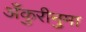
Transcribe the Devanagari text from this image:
अँकुरीनुमा